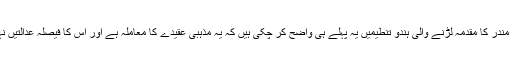
دوسری جانب مندر کا مقدمہ لڑنے والی ہندو تنطیمیں یہ پہلے ہی واضح کر چکی ہیں کہ یہ مذہبی عقیدے کا معاملہ ہے اور اس کا فیصلہ عدالتیں نہیں کر سکتیں۔